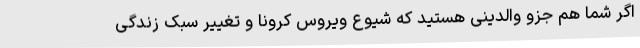
اگر شما هم جزو والدینی هستید که شیوع ویروس کرونا و تغییر سبک زندگی